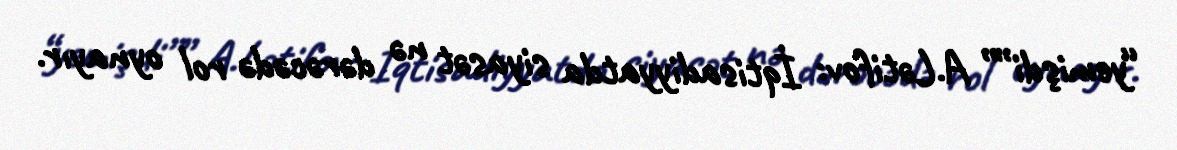
“yemişdi”” A.Lətifov: İqtisadiyyatda siyasət nə dərəcədə rol oynayır.